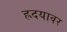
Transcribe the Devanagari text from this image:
ह्रदयावर